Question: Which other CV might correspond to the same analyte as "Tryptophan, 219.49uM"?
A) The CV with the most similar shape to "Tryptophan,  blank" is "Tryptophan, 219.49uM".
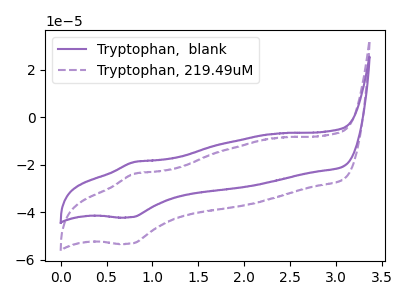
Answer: <think>The purple curve "Tryptophan,  blank" has an anodic peak at (0.80V, -18.85uA) and a cathodic peak at (0.75V, -42.00uA). The purple dashed curve "Tryptophan, 219.49uM" has an anodic peak at (0.80V, -23.80uA) and a cathodic peak at (0.75V, -53.05uA).
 All the peaks in "Tryptophan,  blank" have a peak in "Tryptophan, 219.49uM" at the same potential.</think>
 <answer>A) The CV with the most similar shape to "Tryptophan,  blank" is "Tryptophan, 219.49uM".</answer>
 <eval>A</eval>